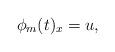
LaTeX: \begin{align*}\phi_m (t)_x = u,\end{align*}